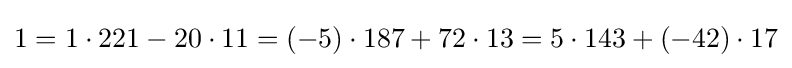
1=1\cdot 221-20\cdot 11=(-5)\cdot 187+72\cdot 13=5\cdot 143+(-42)\cdot 17